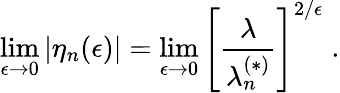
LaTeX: \operatorname*{lim}_{\epsilon\rightarrow 0}\left|\eta_{n}(\epsilon)\right|=\operatorname*{lim}_{\epsilon\rightarrow 0}\left[\frac{\lambda}{\lambda_{n}^{(\ast)}}\right]^{2/\epsilon}\; .